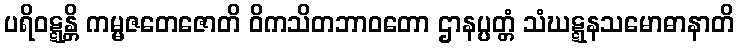
ပရိဝဋ္ဋန္တိ ကမ္မဇတေဇောတိ ဝိကသိတဘာဝတော ဌာနပ္ပတ္တံ သံဃဋ္ဋနသမောဓာနာတိ